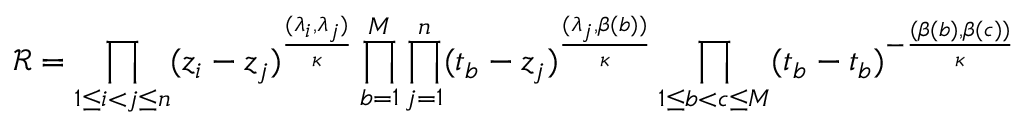
\mathcal R = \prod _ { 1 \leq i < j \leq n } ( z _ { i } - z _ { j } ) ^ { \frac { ( \lambda _ { i } , \lambda _ { j } ) } { \kappa } } \prod _ { b = 1 } ^ { M } \prod _ { j = 1 } ^ { n } ( t _ { b } - z _ { j } ) ^ { \frac { ( \lambda _ { j } , \beta ( b ) ) } { \kappa } } \prod _ { 1 \leq b < c \leq M } ( t _ { b } - t _ { b } ) ^ { - \frac { ( \beta ( b ) , \beta ( c ) ) } { \kappa } }